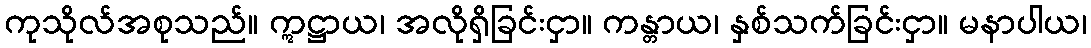
ကုသိုလ်အစုသည်။ ဣဋ္ဌာယ၊ အလိုရှိခြင်းငှာ။ ကန္တာယ၊ နှစ်သက်ခြင်းငှာ။ မနာပါယ၊